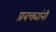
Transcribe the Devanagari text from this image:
प्रवक्त्यांनी